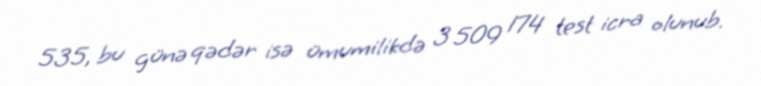
535, bu günə qədər isə ümumilikdə 3 509 174 test icra olunub.